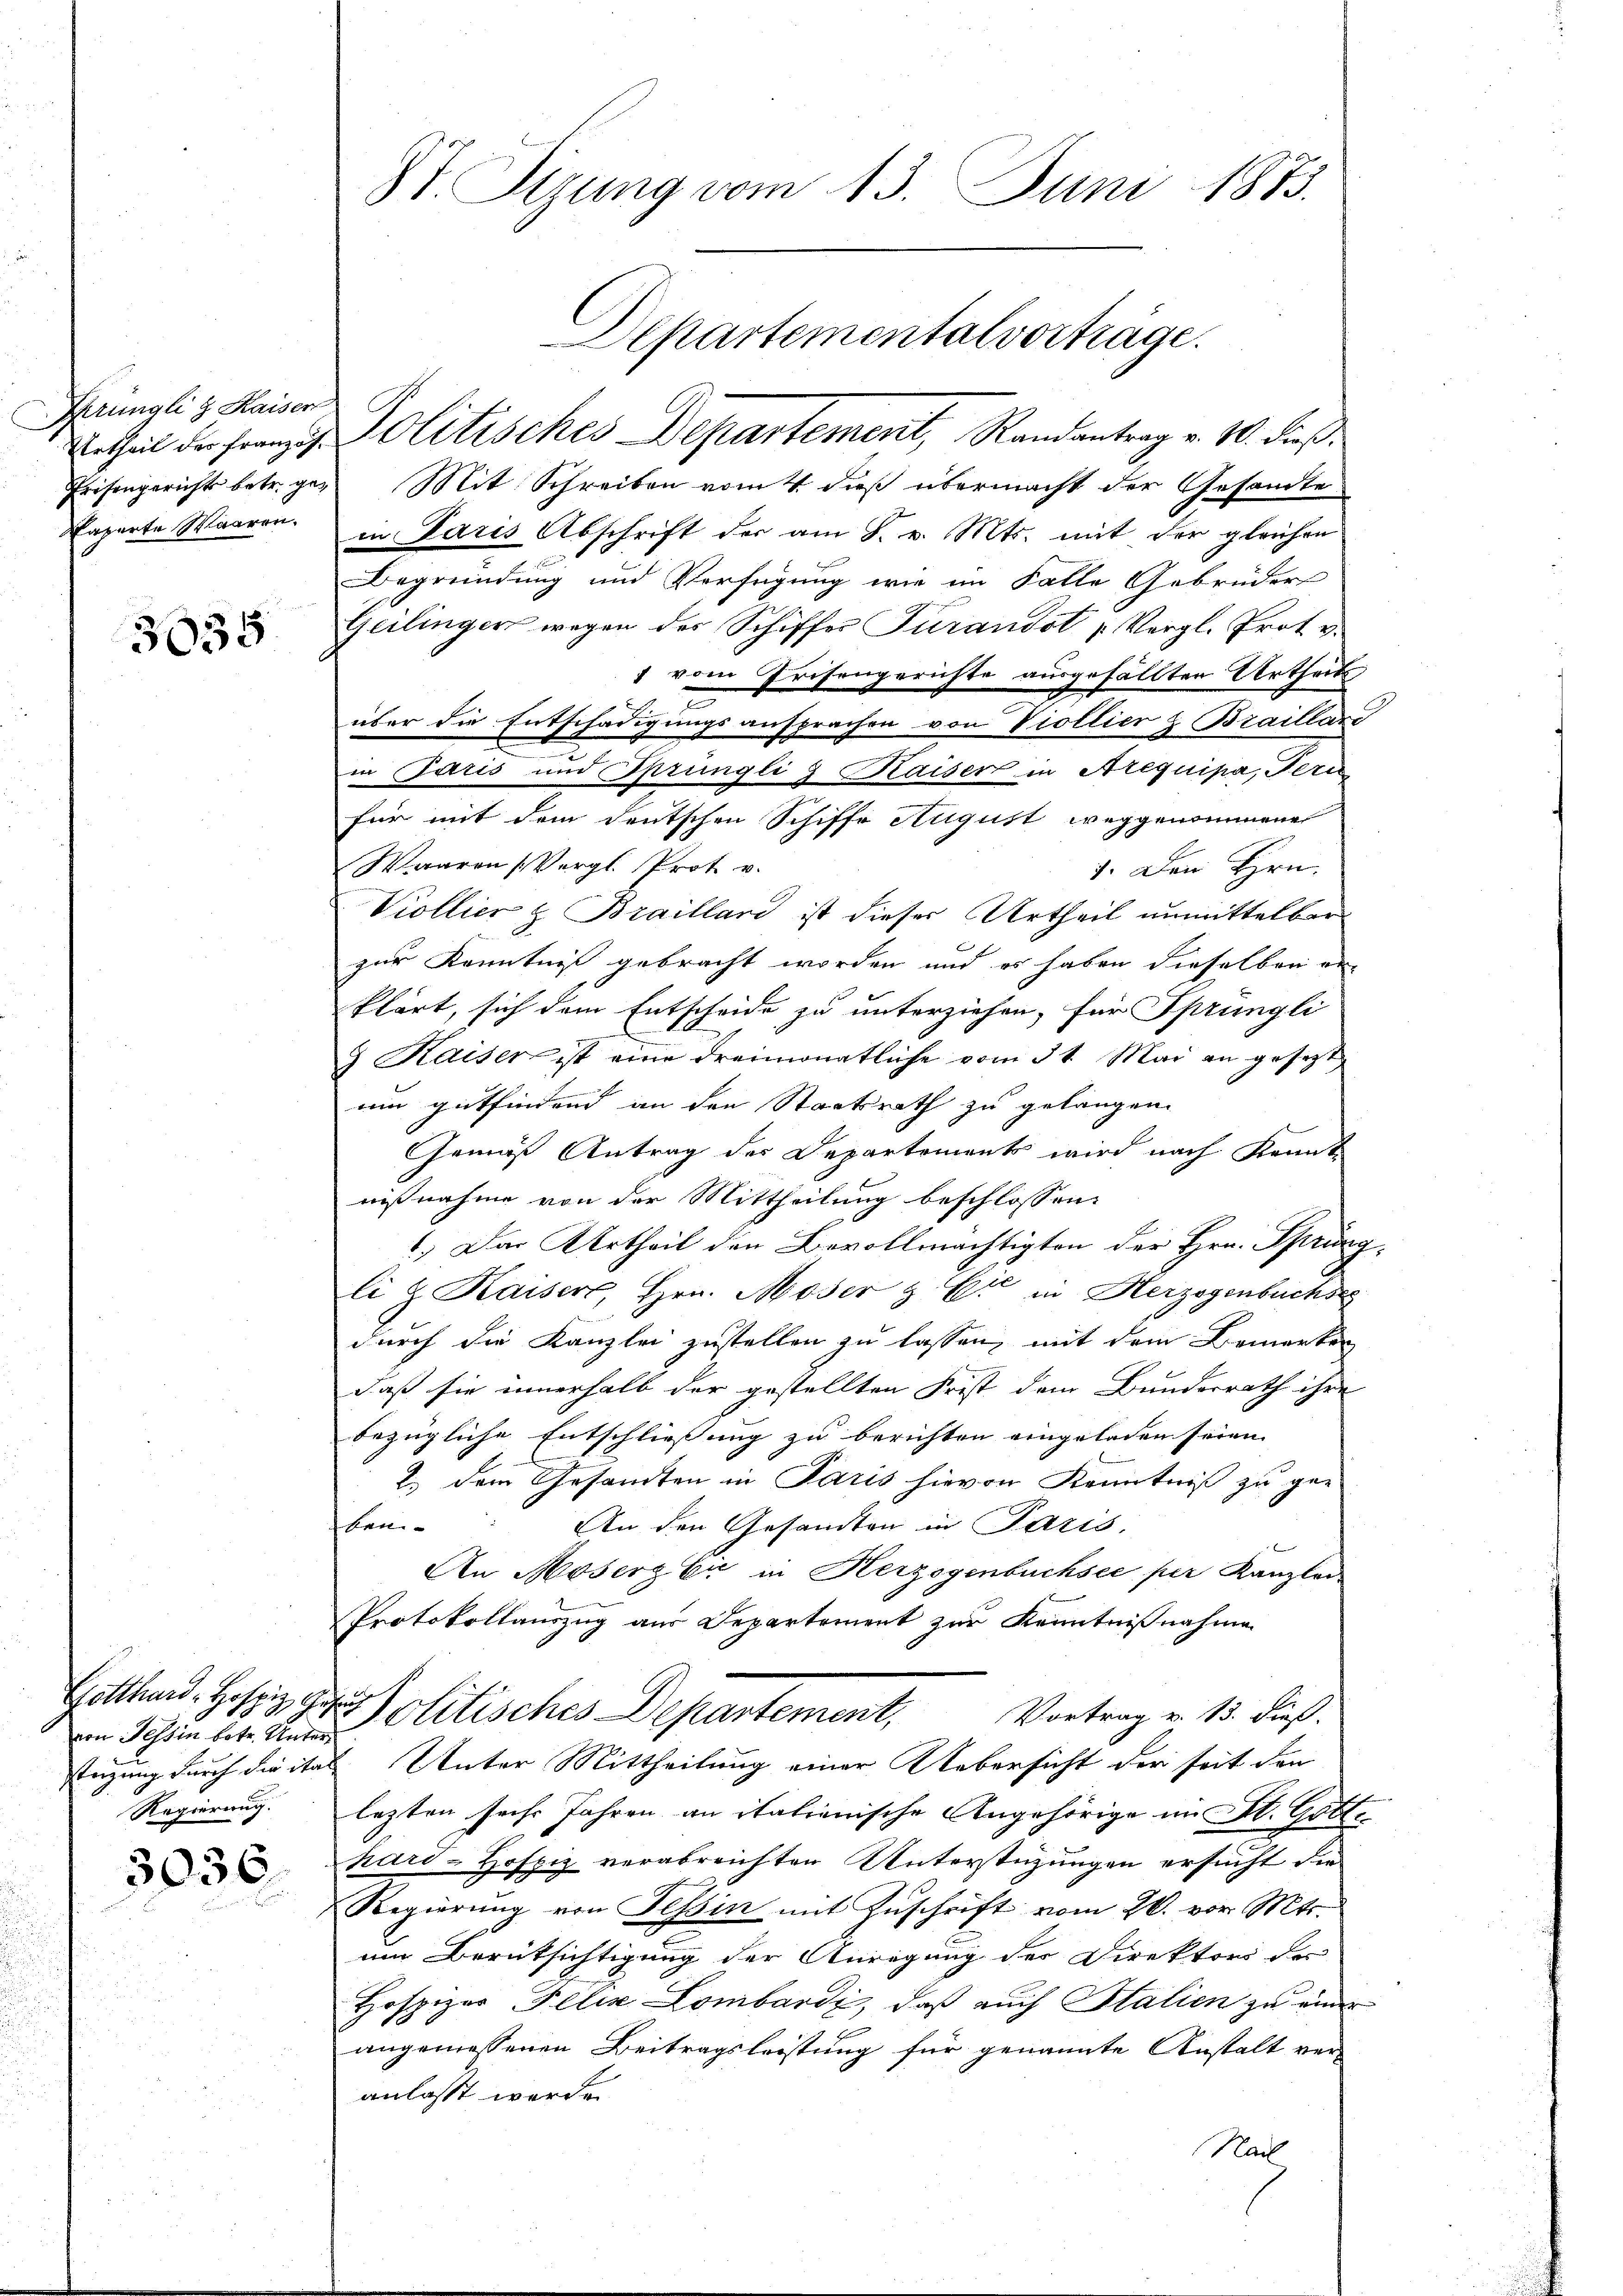
Prüngli & Kaiser

3035

von Tessin betr. Unter¬
Regierung.

3036.

St. Sizung vom 13. Juni 1873.

etheil der Franzog. Politisches Departement, Randantrag v. 10. dieß
Prisengerichts betr. gen Mit Schreiben vom 4. dieß übermacht der Gesandte
Paperte Waarer in Paris Abschrift der am 8. v. Mts. mit der gleichen
Begründung und Verfügung wie im Falle Gebrüder
Geilinger wegen des Schiffes Turandot „Vergl. Prot. v.
1 vom Prisengerichte ausgefällten Urtheils
2
über die Entschädigungsansprachen von Viollier & Braillari
in Paris und Sprüngli & Kaiser in Arequipa, Alte
für mit dem deutschen Schiffe August weggenommenes
Waaren (Vergl. Prot v.
1. Den Hrn.
Viollier z Braillard ist dieser Urtheil unmittelbar
zur Kenntniß gebracht worden und es haben dieselben er
klärt, sich dem Entscheide zu unterziehen, für Sprüngli
9 Kaiser ist eine dreimonatliche vom 31. Mai an gesetzt
um gutfindend an den Staatsrath zu gelangen.
Gemäß Antrag des Departements wird nach kannt
nißnahme von der Mittheilung beschlossen:
1.) Das Urtheil den Bevollmächtigten der Hrn. Sprüngli & Kaiser, Hrn. Moser & Cie in Herzogenbuchse
durch die Kanzlei zustellen zu lassen, mit dem Bemerken
daß sie innerhalb der gestellten Frist dem Bundesrath ihre
bezügliche Entschliessung zu berichten eingeladen seien. |
2.) Dem Gesandten in Paris hievon Kenntniß zu ge-
ben- |
An den Gesandten in Paris,
An Moserg Er in Herzogenbuchsee per Kanzlei
Protokollauszug aus Departement zur Kenntnißnahme
Gotten. Herz zu Politisches Departement, Vortrag v. 13. dieß.
tigung durch die ital Unter Mittheilung einer Uebersicht der seit den
lezten sechs Jahren an italienische Angehörige im St. Gotte
hard-Hofpiz verabreichten Unterstüzungen ersucht der
Regierung von Tessin mit Zuschrift vom 26. vor. Mts.
um Berüksichtigung der Anregung des Direktori der
Hospizer Felix Lombardi, daß auch Stalien zu einer
angemessenen Beitragsleistung für genannte Anstalt ver-
anlasst werden
Nach

Departementalvorträge.